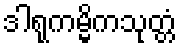
ဒါရုကမ္မိကသုတ္တံ